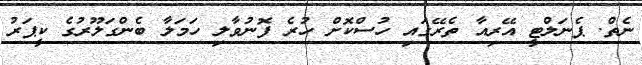
ނެތް. ޕެނަލްޓީ އޭރިއާ ތެރޭގައި ހުސްކޮށް ހުރެ ފޮނުވާލި ހަމަލާ ބެންގަލޫރުގެ ކީޕަރު